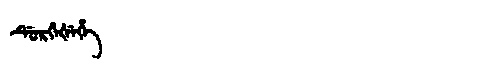
Manchu: ᡩᡠᡵᡤᡝᡧᡝᡥᡝ
Romanization: DURGEŠEHE